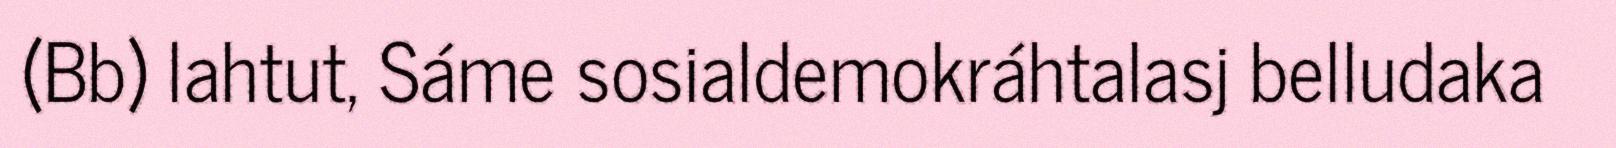
(Bb) lahtut, Sáme sosialdemokráhtalasj belludaka